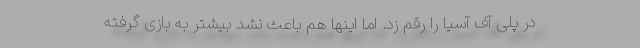
در پلی آف آسیا را رقم زد. اما اینها هم باعث نشد بیشتر به بازی گرفته